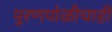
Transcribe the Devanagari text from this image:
पुरणपोळीचाही